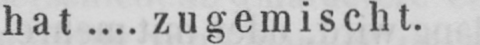
hat.... zugemischt.